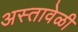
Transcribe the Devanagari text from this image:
अस्तावेळी